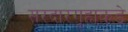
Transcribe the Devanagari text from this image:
सरदारगृहाकडे